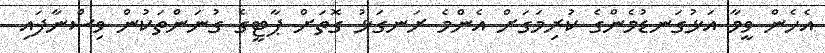
އެހެން ވީމާ އަޅުގަނޑުމެންގެ ކުރިމަގަށް އެންމެ ރަނގަޅު ގޮތަށް ޕާޓީގެ ގުނަންތަކުން ވިސްނާފައި